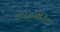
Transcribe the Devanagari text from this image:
कायमेरिक